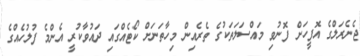
ޖެނެރަލްގެ އޮފީހަށް ފޮނުވި މައްސަލަތަކުގެ ތެރެއިން މިހާތަނަށް ކޯޓެއްގައި ދައުވާކުރީ އެންމެ ފުލުހެއްގެ